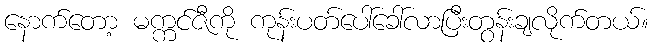
နောက်တော့ မက္ကင်ဇီကို ကုန်းပတ်ပေါ်ခေါ်လာပြီးတွန်းချလိုက်တယ်။